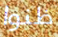
ظنوا